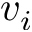
v _ { i }